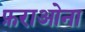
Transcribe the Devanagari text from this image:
फ़राओना